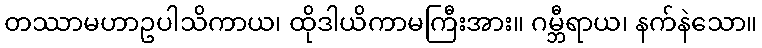
တဿာမဟာဥပါသိကာယ၊ ထိုဒါယိကာမကြီးအား။ ဂမ္ဘီရာယ၊ နက်နဲသော။